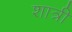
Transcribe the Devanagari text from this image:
शात्री